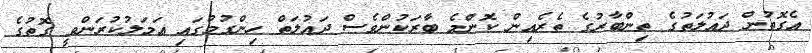
އެގޮތުން ދައުލަތުގެ ތިންބާރުގެ ތެރެއިން ކޮންމެ ބާރަކުންވެސް ދައުލަތް ހިންގުމުގައި ޢަމަލުކުރަންވީ ގޮތުގެ